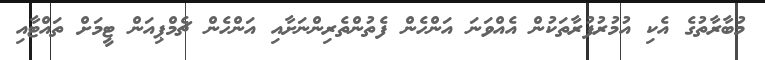
މުބާރާތުގެ އެކި އުމުރުފުރާތަކުން އެއްވަނަ އަންހެން ފެތުންތެރިންނަށާއި އަންހެން ޗެމްޕިއަން ޓީމަށް ތައްޓާއި